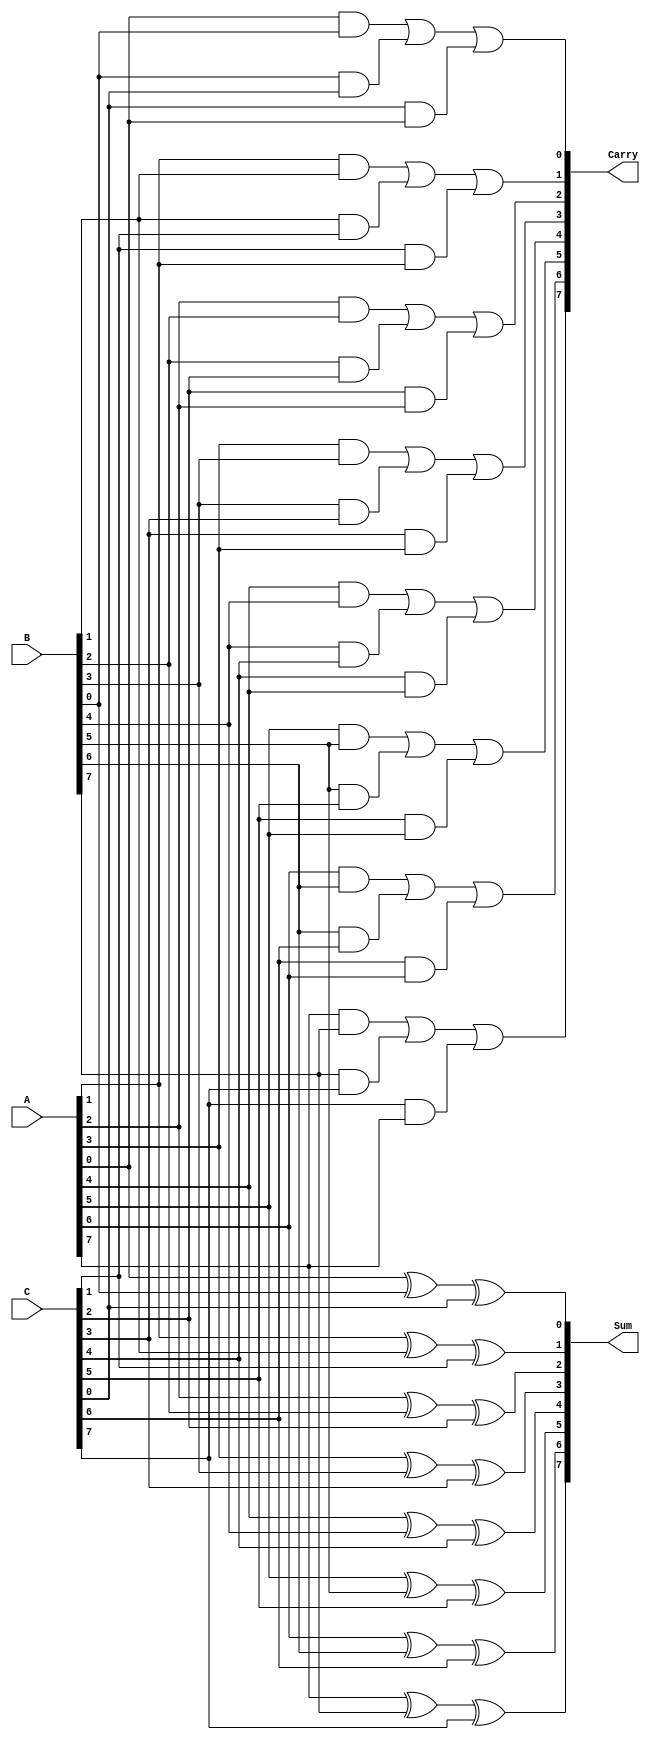
module carry_save_adder #(
    parameter n = 8  // Parameter for bit-width, default is 8
) (
    input  [n-1:0] A,  // First n-bit input
    input  [n-1:0] B,  // Second n-bit input
    input  [n-1:0] C,  // Third n-bit input
    output [n-1:0] Sum, // n-bit Sum output
    output [n-1:0] Carry // n-bit Carry output
);

    // Generate Sum and Carry outputs
    genvar i;
    generate
        for (i = 0; i < n; i = i + 1) begin : CSA
            assign Sum[i] = A[i] ^ B[i] ^ C[i]; // Sum calculation using XOR
            assign Carry[i] = (A[i] & B[i]) | (B[i] & C[i]) | (C[i] & A[i]); // Carry calculation using AND and OR
        end
    endgenerate

endmodule